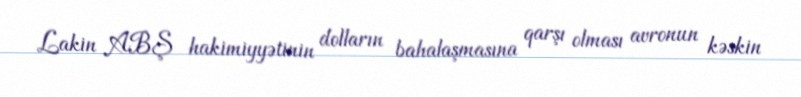
Lakin ABŞ hakimiyyətinin dolların bahalaşmasına qarşı olması avronun kəskin